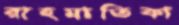
রাহমাতিকা